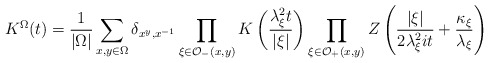
\begin{align*}K^{\Omega }(t)=\frac{1}{\left| \Omega \right| }\sum _{x,y\in \Omega }\delta _{x^{y},x^{-1}}\prod _{\xi \in \mathcal{O}_{-}(x,y)}K\left( \frac{\lambda _{\xi }^{2}t}{\left| \xi \right| }\right) \prod _{\xi \in \mathcal{O}_{+}(x,y)}Z\left( \frac{\left| \xi \right| }{2\lambda _{\xi }^{2}it}+\frac{\kappa _{\xi }}{\lambda _{\xi }}\right)\end{align*}